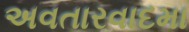
અવતારવાદમા